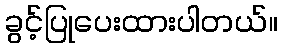
ခွင့်ပြုပေးထားပါတယ်။